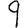
Digit: 9